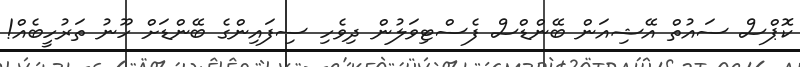
ކޮޕްސް ސައުތް އޭޝިއަން ބޭންޑްސް ފެސްޓިވަލުން ދިވެހި ސިފައިންގެ ބޭންޑަށް ހޫނު ތަރުހީބެއް!